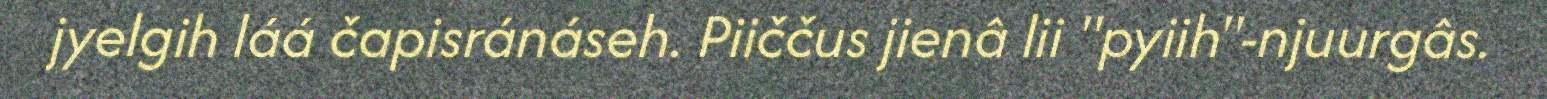
jyelgih láá čapisránáseh. Piiččus jienâ lii "pyiih"-njuurgâs.